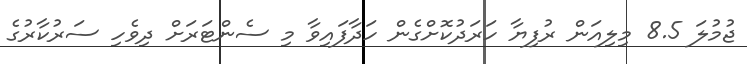
ޖުމުލަ 8.5 މިލިއަން ރުފިޔާ ހަރަދުކޮށްގެން ހަދާފައިވާ މި ސެންޓަރަށް ދިވެހި ސަރުކާރުގެ